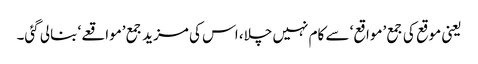
یعنی موقع کی جمع ’مواقع‘ سے کام نہیں چلا، اس کی مزید جمع ’مواقعے‘ بنالی گئی۔